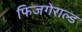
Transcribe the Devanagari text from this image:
फिजगेराल्ड